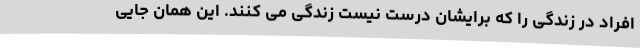
افراد در زندگی را که برایشان درست نیست زندگی می کنند. این همان جایی